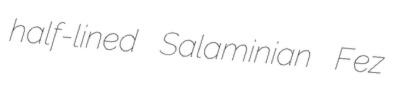
half-lined Salaminian Fez